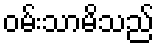
ဝမ်းသာမိသည်